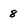
Character: 8